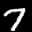
Label: 7